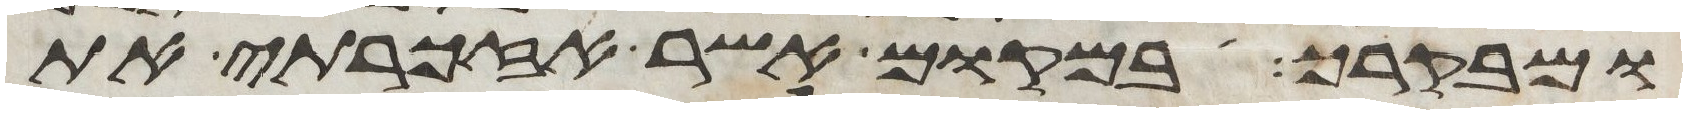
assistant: ומבקרך ובמקום אשר אזכרתי את